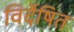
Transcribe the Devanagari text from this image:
विर्देषित